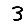
Digit: 3